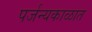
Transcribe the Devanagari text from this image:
पर्जन्यकाळात